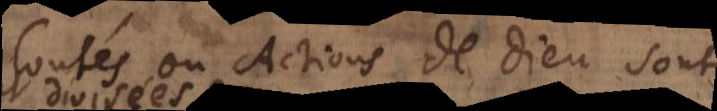
Volontés ou Actions de Dieu sont